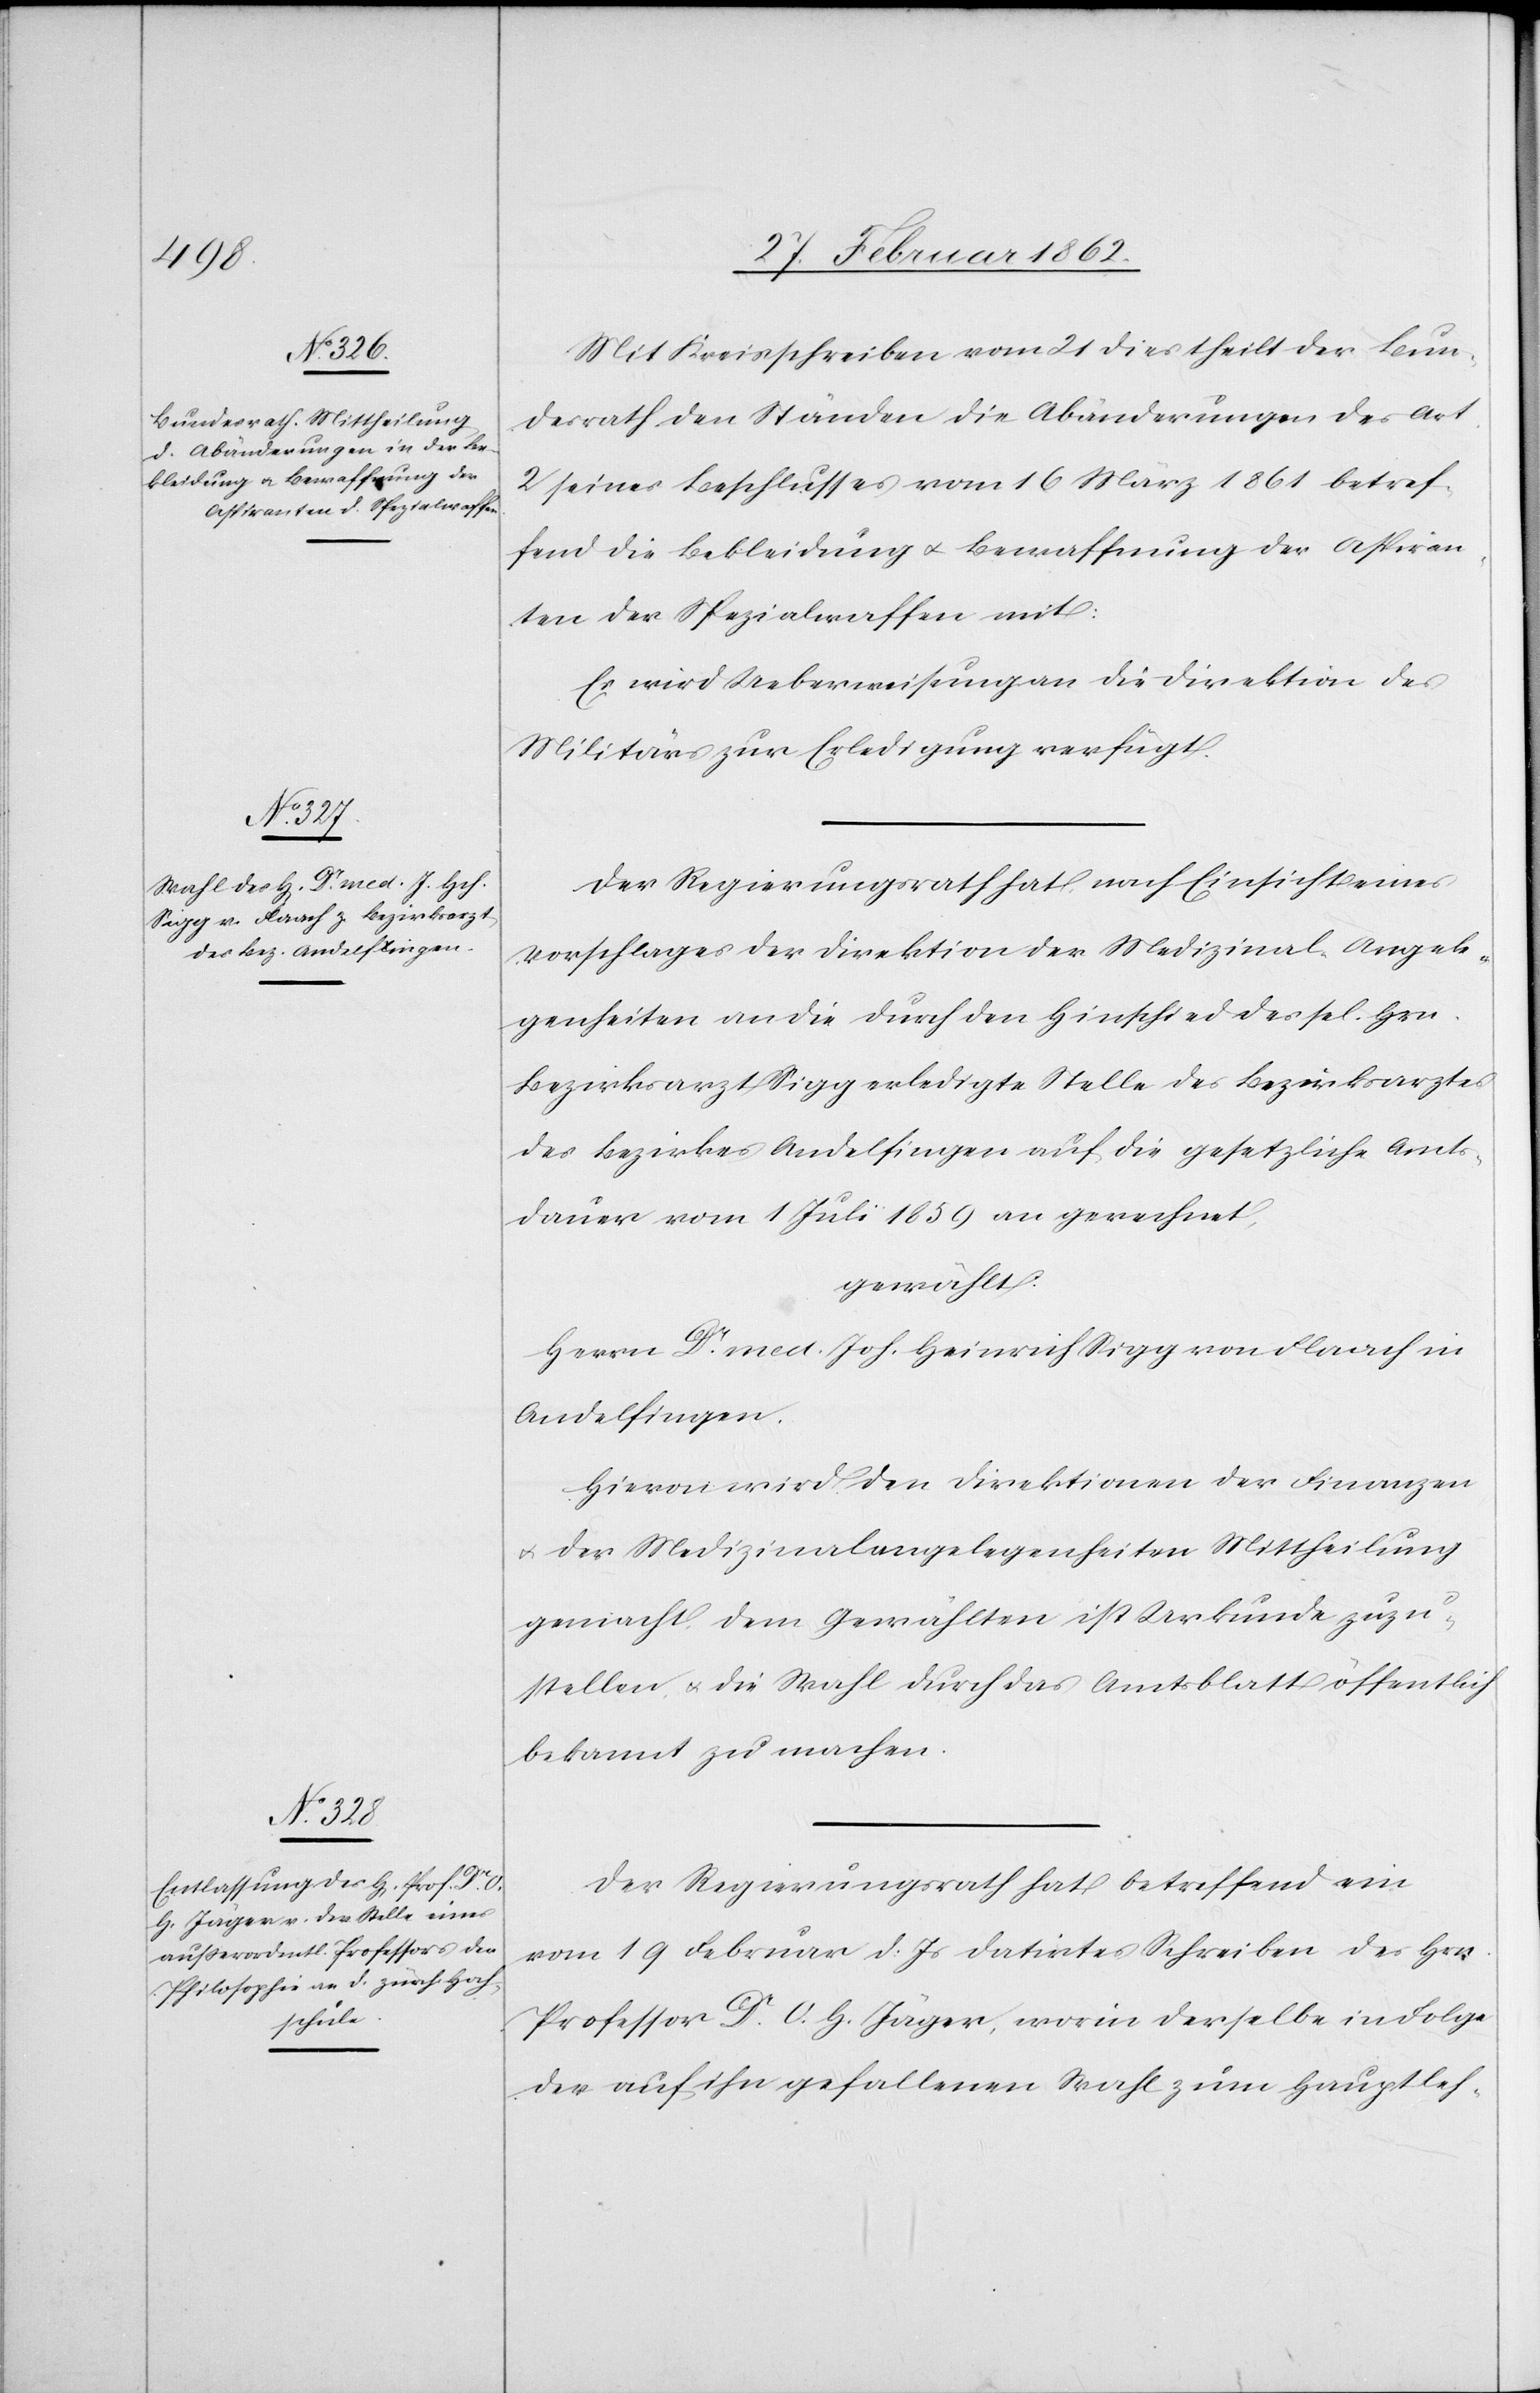
Mit Kreisschreiben vom 21 dies theilt der Bun¬
desrath den Ständen die Abänderungen des Art.
2 seines Beschlusses vom 16 März 1861 betref¬
fend die Bekleidung u. Bewaffnung der Aspiran¬
ten der Spezialwaffen mit:
Es wird Ueberweisung an die Direktion des
Militärs zur Erledigung verfügt.
Der Regierungsrath hat, nach Einsicht eines
Vorschlages der Direktion der Medizinal-Angele¬
genheiten an die durch den Hinschied des sel. Hrn.
Bezirksarzt Sigg erledigte Stelle des Bezirksarztes
des Bezirkes Andelfingen auf die gesetzliche Amts¬
dauer vom 1 Juli 1859 an gerechnet,
gewählt:
Herrn Dr. med. Joh. Heinrich Sigg von Flaach in
Andelfingen.
Hievon wird den Direktionen der Finanzen
u. der Medizinalangelegenheiten Mittheilung
gemacht, dem Gewählten ist Urkunde zuzu¬
stellen u. die Wahl durch das Amtsblatt öffentlich
bekannt zu machen.
Der Regierungsrath hat betreffend ein
vom 19 Februar d. Js datirtes Schreiben des Hrn.
Professor Dr. O. H. Jäger, worin derselbe in Folge
der auf ihn gefallenen Wahl zum Hauptleh-